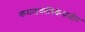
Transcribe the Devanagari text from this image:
कमलकलिकेसमोर